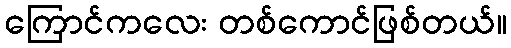
ကြောင်ကလေး တစ်ကောင်ဖြစ်တယ်။